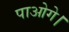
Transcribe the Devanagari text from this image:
पाओगे।